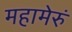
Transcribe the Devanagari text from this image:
महामेरुं